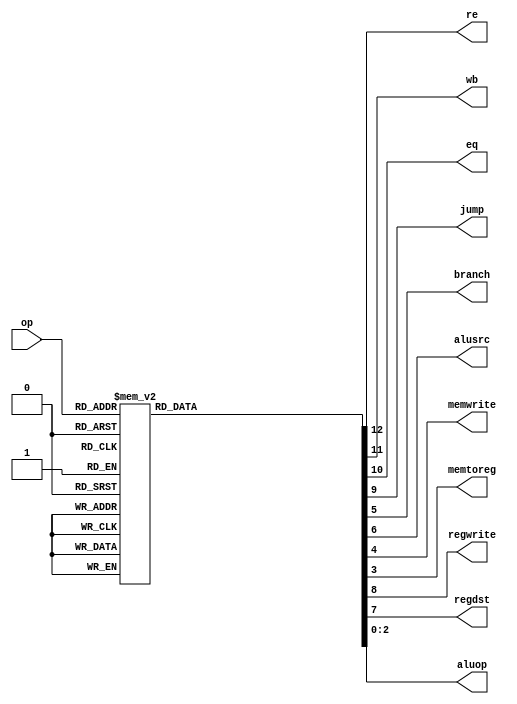
`timescale 1ns / 1ps
//////////////////////////////////////////////////////////////////////////////////
// Company: 
// Engineer: 
// 
// Design Name: 
// Module Name: main_decoder
// Project Name: 
// Target Devices: 
// Tool Versions: 
// Description: 
// 
// Dependencies: 
// 
// Revision:
// Revision 0.01 - File Created
// Additional Comments:
// 
//////////////////////////////////////////////////////////////////////////////////


module main_decoder (
    input  wire [5:0] op,
    output wire       re,       // wirte return point
    output wire       wb,       // word or byte
    output wire       eq,
    output wire       jump,
    output wire       branch,
    output wire       alusrc,
    output wire       memwrite,
    output wire       memtoreg,
    output wire       regwrite,
    output wire       regdst,
    output wire [2:0] aluop
);

reg [2:0] aluop_reg;
reg [9:0] sigs;

assign aluop = aluop_reg;
assign {re, wb, eq, jump, regwrite, regdst, alusrc, branch, memwrite, memtoreg} 
       = sigs;

always @(*) 
case (op)
    6'b000000: begin//R-type, jr
        aluop_reg = 3'b010;
        sigs = 10'b0000110000;//wirte to rd
    end 
    6'b011100: begin//mul
        aluop_reg = 3'b111;
        sigs = 10'b0000110000;//wirte to rd
    end
    6'b100000: begin//lb
        aluop_reg = 3'b000;
        sigs = 10'b0100101001;
    end    
    6'b100011: begin//lw
        aluop_reg = 3'b000;
        sigs = 10'b0000101001;
    end
    6'b101000: begin//sb
        aluop_reg = 3'b000;
        sigs = 10'b0100001010;
    end
    6'b101011: begin//sw
        aluop_reg = 3'b000;
        sigs = 10'b0000001010;
    end
    6'b000100: begin//beq
        aluop_reg = 3'b001;
        sigs = 10'b0010000100;
    end
    6'b000101, 6'b000111: begin//bne, bgtz
        aluop_reg = 3'b001;
        sigs = 10'b0000000100;
    end
    6'b001000, 6'b001001: begin//addi, addiu
        aluop_reg = 3'b000;
        sigs = 10'b0000101000;//wirte to rt
    end
    6'b000010: begin//j
        aluop_reg = 3'b000;
        sigs = 10'b0001000000;
    end
    6'b000011: begin//jal
        aluop_reg = 3'b000;
        sigs = 10'b1001100000;
    end
    6'b001100: begin//andi
        aluop_reg = 3'b011;
        sigs = 10'b0000101000;//wirte to rt
    end
    6'b001101: begin//ori
        aluop_reg = 3'b101;
        sigs = 10'b0000101000;//wirte to rt
    end
    6'b001111: begin//lui
        aluop_reg = 3'b100;
        sigs = 10'b0000101000;//wirte to rt
    end
    6'b001110: begin//xori
        aluop_reg = 3'b110;
        sigs = 10'b0000101000;//wirte to rt
    end
    default: begin
        aluop_reg = 3'b000;
        sigs = 10'b0000000000;
    end
endcase
    
endmodule